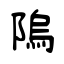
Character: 隖